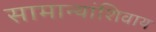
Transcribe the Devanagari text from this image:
सामान्यांशिवाय